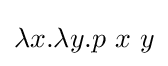
\lambda x.\lambda y.p\ x\ y